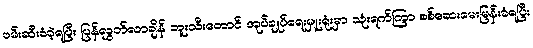
ဖမ်းဆီးခံခဲ့ရပြီး ပြန်လွှတ်လာချိန် ဘူးသီးတောင် အုပ်ချုပ်ရေးမှူးရုံးမှာ သုံးရက်ကြာ စစ်ဆေးမေးမြန်းခံရပြီး